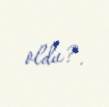
oldu?.